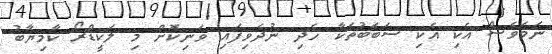
ނަމަވެސް އެކި އެކި ސަބަބުތަކާ ހެދި ނުދެވިފައި ވަނިކޮށް މި ލަކީޑްރޯ ކާމިޔާބު